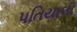
પતિયાલા